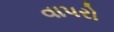
વાપરો